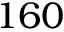
1 6 0